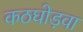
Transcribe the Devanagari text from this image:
कठघोड़वा